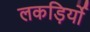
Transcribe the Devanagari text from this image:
लकड़िर्यो